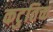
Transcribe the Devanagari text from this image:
कटुतिक्त